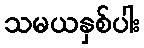
သမယနှစ်ပါး